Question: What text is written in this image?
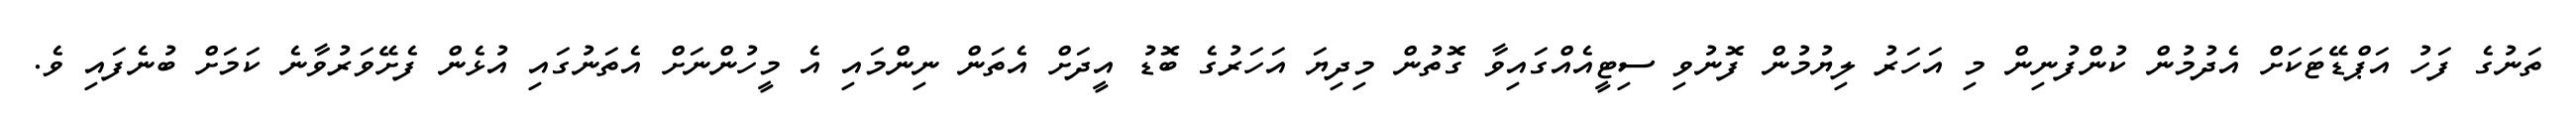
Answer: ތަނުގެ ފަހު އަޕްޑޭޓަކަށް އެދުމުން ކުންފުނިން މި އަހަރު ލިޔުމުން ފޮނުވި ސިޓީއެއްގައިވާ ގޮތުން މިދިޔަ އަހަރުގެ ބޮޑު އީދަށް އެތަން ނިންމައި އެ މީހުންނަށް އެތަނުގައި އުޅެން ފެށޭވަރުވާނެ ކަމަށް ބުނެފައި ވެ.